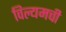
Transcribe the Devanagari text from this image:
विल्यमची